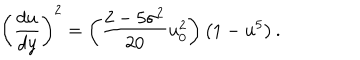
\left( \frac { d u } { d y } \right) ^ { 2 } = \left( \frac { 2 - 5 \sigma ^ { 2 } } { 2 0 } u _ { 0 } ^ { 2 } \right) \left( 1 - u ^ { 5 } \right) .